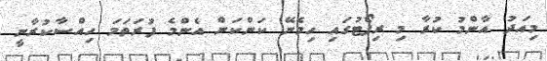
މިއަދު އާންމު ކުރާ މި ރިޕޯޓުގައި ހިމެނޭ ކަންކަން އެންމެ ފުރަތަމަ ހިއްސާކުރާނީ